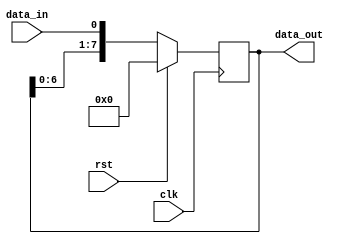
module SIPO (
  input wire clk,
  input wire rst,
  input wire data_in,
  output reg [7:0] data_out
);

reg [7:0] register;

always @(posedge clk) begin
  if (rst) begin
    register <= 8'b0;
  end else begin
    register <= {register[6:0], data_in};
  end
end

assign data_out = register;

endmodule